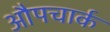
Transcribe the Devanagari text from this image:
औपचार्क